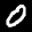
Label: 0